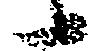
候